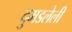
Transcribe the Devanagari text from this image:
दुमडलेली